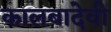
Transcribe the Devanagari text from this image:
कालबादेवी